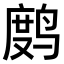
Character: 𫛻